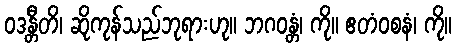
ဝဒန္တီတိ၊ ဆိုကုန်သည်ဘုရားဟု။ ဘဂဝန္တံ၊ ကို။ ဧတံဝစနံ၊ ကို။